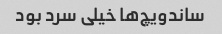
ساندویچ‌ها خیلی سرد بود